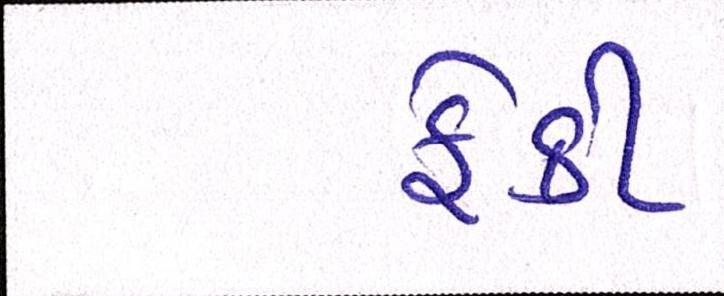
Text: ફેંકી